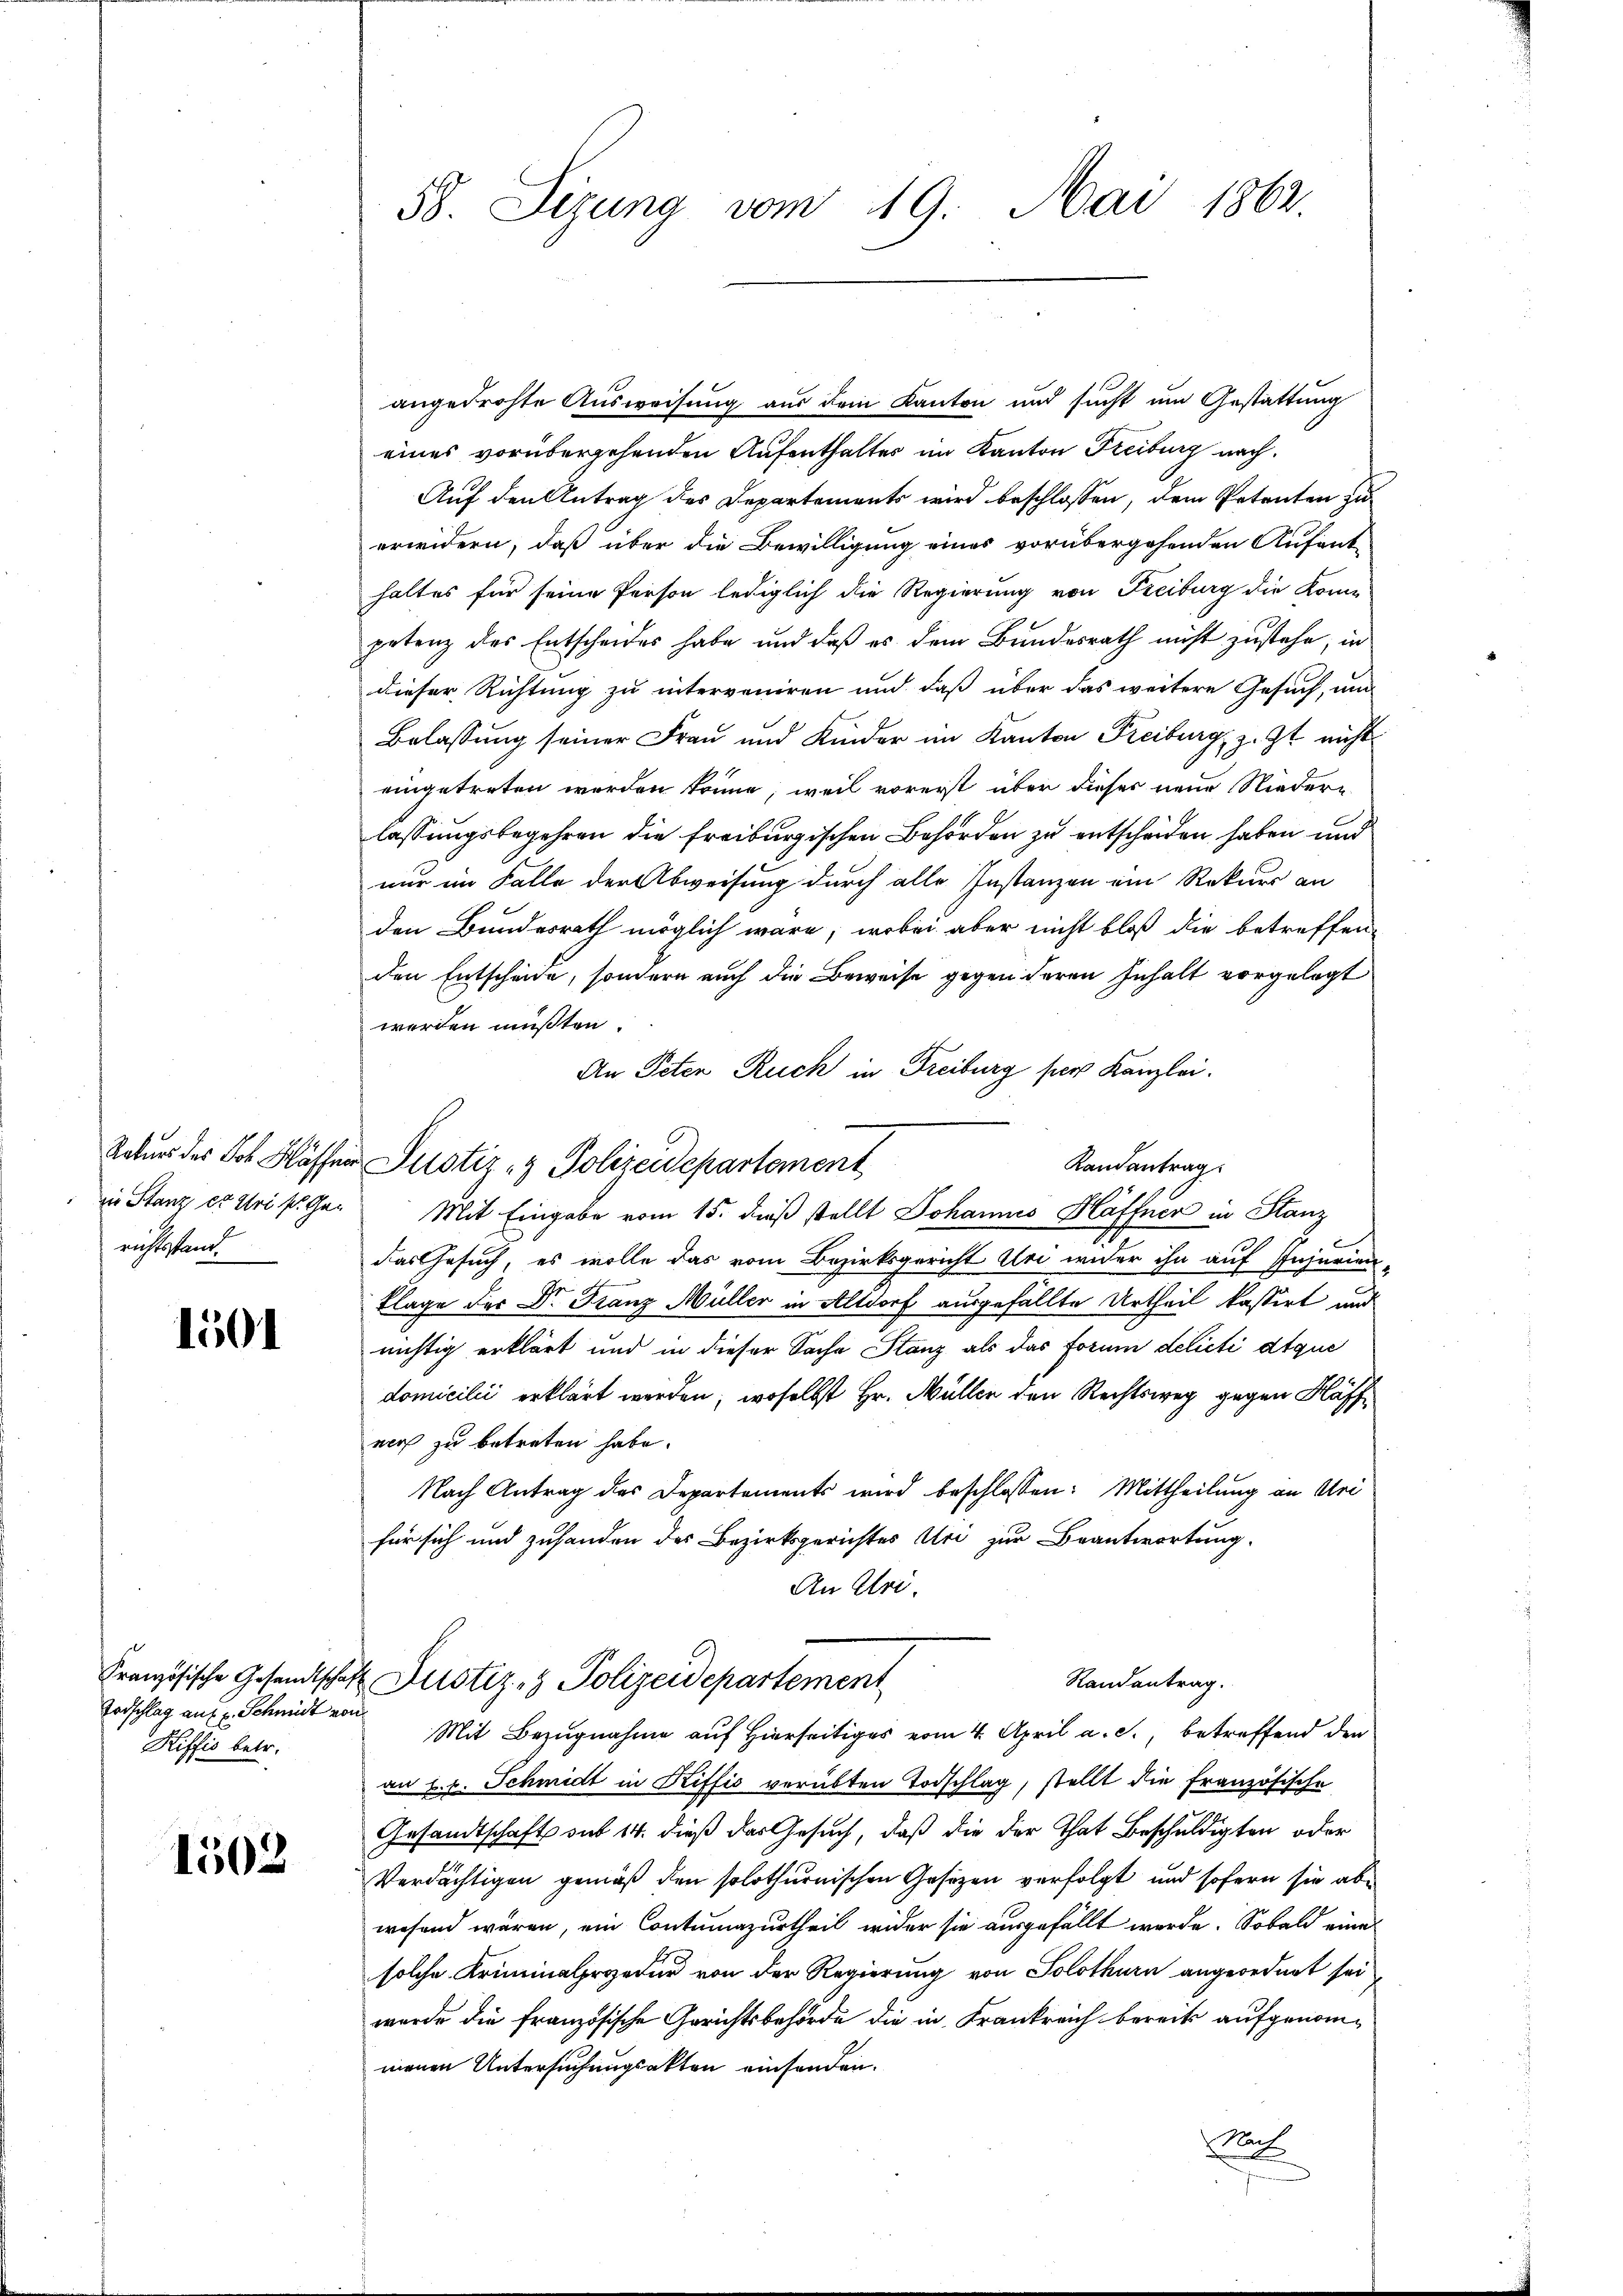
iin Stanz er Uri s. Gerichtsstand.

1501

Todschlag auf u. Schmidt von
Hiffis betr.

1502

58. Sizung vom 19. Mai 1862

angedrohte Ausweisung aus dem Kanton und sucht um Gestattung
eines vorübergehenden Aufenthaltes im Kanton Freiburg nach
Auf den Antrag des Departements wird beschlossen, dem Petenten zu
erwidern, daß über die Bewilligung eines vorübergehenden Aufent-
haltes für seine Person lediglich die Regierung von Freiburg die Kom-
petenz des Entscheides habe und daß es dem Bundesrath nicht zustehe, in
dieser Richtung zu interveniren und daß über das weitere Gesuch, um
Belassung seiner Frau und Kinder im Kanton Freiburg, z. Zt. nicht
eingetreten worden könne; weil vorerst über dieser neue Nieder-
lassungsbegehren die freiburgischen Behörden zu entscheiden haben und
nur im Falle der Abweisung durch alle Instanzen ein Rekurs an
den Bundesrath möglich wäre, wobei aber nicht bloß die betreffen-
den Entscheide, sondern auch die Beweise gegen deren Inhalt vorgelegt
werden müßten.
An Peten Ruch in Freiburg per Kanzlei.
Natur der Joh. Klasser Justiz- & Polizeidepartement
Randantrag.
Mit Eingabe vom 15. dieß stellt Johannes Häffner in Stanz
c
das Gesuch, es wolle das vom Bezirksgericht Uri wider ihn auf Injurien
Klage der Dr. Franz Müller in Altdorf ausgefällte Urtheil kassirt und
nichtig erklärt und in dieser Sache Stanz als das Forum delicti dtque
domicilii erklärt werden, woselbst Hr. Müller den Rechtsweg gegen Haffnoch zu betreten habe.
Nach Antrag des Departements wird beschlossen: Mittheilung an Uri
für sich und zuhanden des Bezirksgerichtes Uri zur Beantwortung.
An Uri.
Französische Gesandtschaft Justiz- & Polizeidepartement
Randantrag.
Mit Bezugnahme auf Hierseitiges vom 4. April a. c., betreffend den
an 8. b. Schmidt in Riffić verübten Todschlag, stellt die französische
Gesandtschaft sub 14. dieß das Gesuch, daß die der That Beschuldigten oder
Verdächtigen gemäß den solothurnischen Gesezen verfolgt und sofern sie abe
wesend wären, ein Contumazurtheil wider sie ausgefällt werde. Sobald eine
solche Kriminalprozedur von der Regierung von Solothurn angeordnet sei
wurde die französische Gerichtsbehörde die in Frankreich bereits aufgenommenen Untersuchungsakten einsenden.
Nach